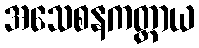
အသေစနကတ္တာယ